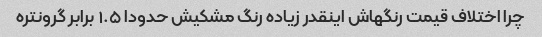
چرا اختلاف قیمت رنگهاش اینقدر زیاده رنگ مشکیش حدودا ۱.۵ برابر گرونتره